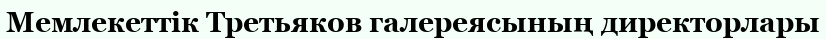
Мемлекеттік Третьяков галереясының директорлары